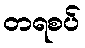
တရစပ်